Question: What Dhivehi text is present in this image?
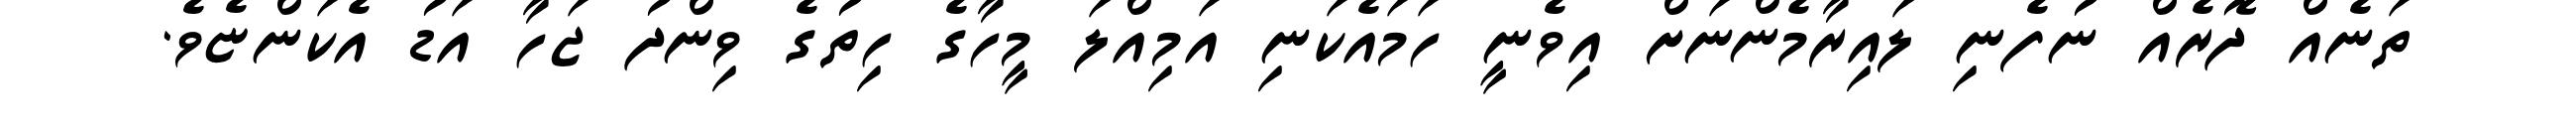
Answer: ތަނެއް ދޮރެއް ނުފެނި ލައިރާމެންނަށް އިވެނީ ހަމައެކަނި އަމިއްލަ މީހާގެ ހިތުގެ ވިންދު ޖަހާ އަޑު އެކަންޏެވެ.